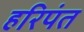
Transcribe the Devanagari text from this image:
हरिपंत